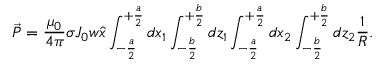
\vec { P } = \frac { \mu _ { 0 } } { 4 \pi } \sigma J _ { 0 } w \hat { x } \int _ { - \frac { a } { 2 } } ^ { + \frac { a } { 2 } } d x _ { 1 } \int _ { - \frac { b } { 2 } } ^ { + \frac { b } { 2 } } d z _ { 1 } \int _ { - \frac { a } { 2 } } ^ { + \frac { a } { 2 } } d x _ { 2 } \int _ { - \frac { b } { 2 } } ^ { + \frac { b } { 2 } } d z _ { 2 } \frac { 1 } { R } .